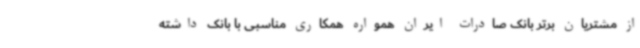
از مشتریان برتر بانک صادرات ایران همواره همکاری مناسبی با بانک داشته